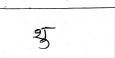
मजकूर: थु